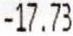
-17.73